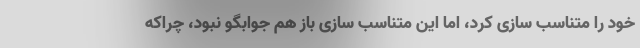
خود را متناسب سازی کرد، اما این متناسب سازی باز هم جوابگو نبود، چراکه